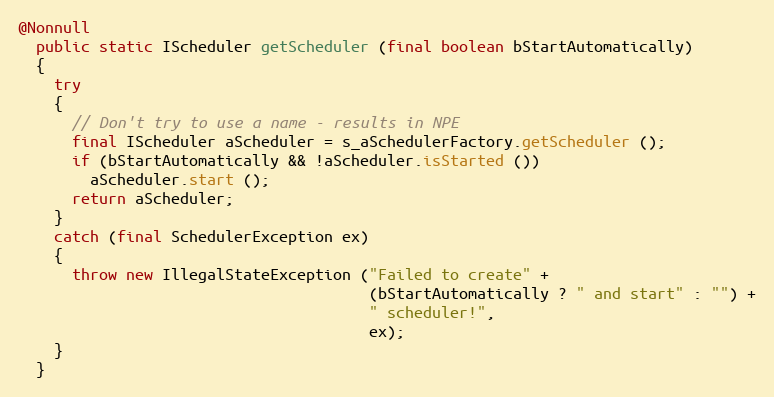
Language: Java
@Nonnull
  public static IScheduler getScheduler (final boolean bStartAutomatically)
  {
    try
    {
      // Don't try to use a name - results in NPE
      final IScheduler aScheduler = s_aSchedulerFactory.getScheduler ();
      if (bStartAutomatically && !aScheduler.isStarted ())
        aScheduler.start ();
      return aScheduler;
    }
    catch (final SchedulerException ex)
    {
      throw new IllegalStateException ("Failed to create" +
                                       (bStartAutomatically ? " and start" : "") +
                                       " scheduler!",
                                       ex);
    }
  }